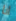
انا